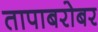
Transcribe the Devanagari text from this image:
तापाबरोबर